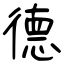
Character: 德